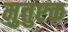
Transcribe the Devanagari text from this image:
मुत्तुएक